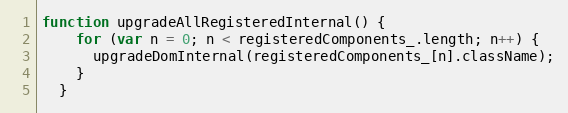
Language: JavaScript
function upgradeAllRegisteredInternal() {
    for (var n = 0; n < registeredComponents_.length; n++) {
      upgradeDomInternal(registeredComponents_[n].className);
    }
  }